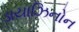
ડાયાઝિનોન